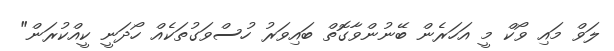
ލަވް މައި ވޯކް މީ އަހަރެން ބޭނުންވާގޮތް ބައިވަރު ހުސްވަގުތަކެއް ހޯދަނީ ކީއްކުރަން"